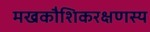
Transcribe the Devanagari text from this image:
मखकौशिकरक्षणस्य